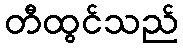
တီထွင်သည်